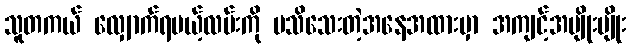
သူတကယ် လျှောက်ရမယ့်လမ်းကို မသိသေးတဲ့အနေအထားမှာ အကျင့်အမျိုးမျိုး